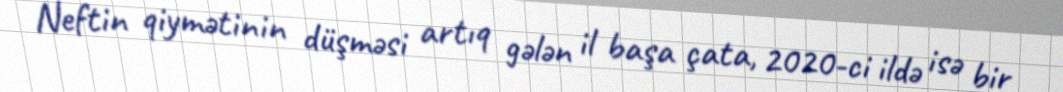
Neftin qiymətinin düşməsi artıq gələn il başa çata, 2020-ci ildə isə bir